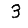
Digit: 3